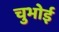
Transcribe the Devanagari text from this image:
चुभोई